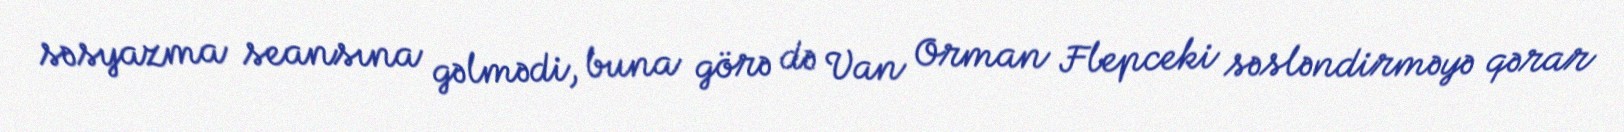
səsyazma seansına gəlmədi, buna görə də Van Orman Flepceki səsləndirməyə qərar